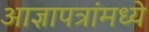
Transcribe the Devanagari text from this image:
आज्ञापत्रांमध्ये